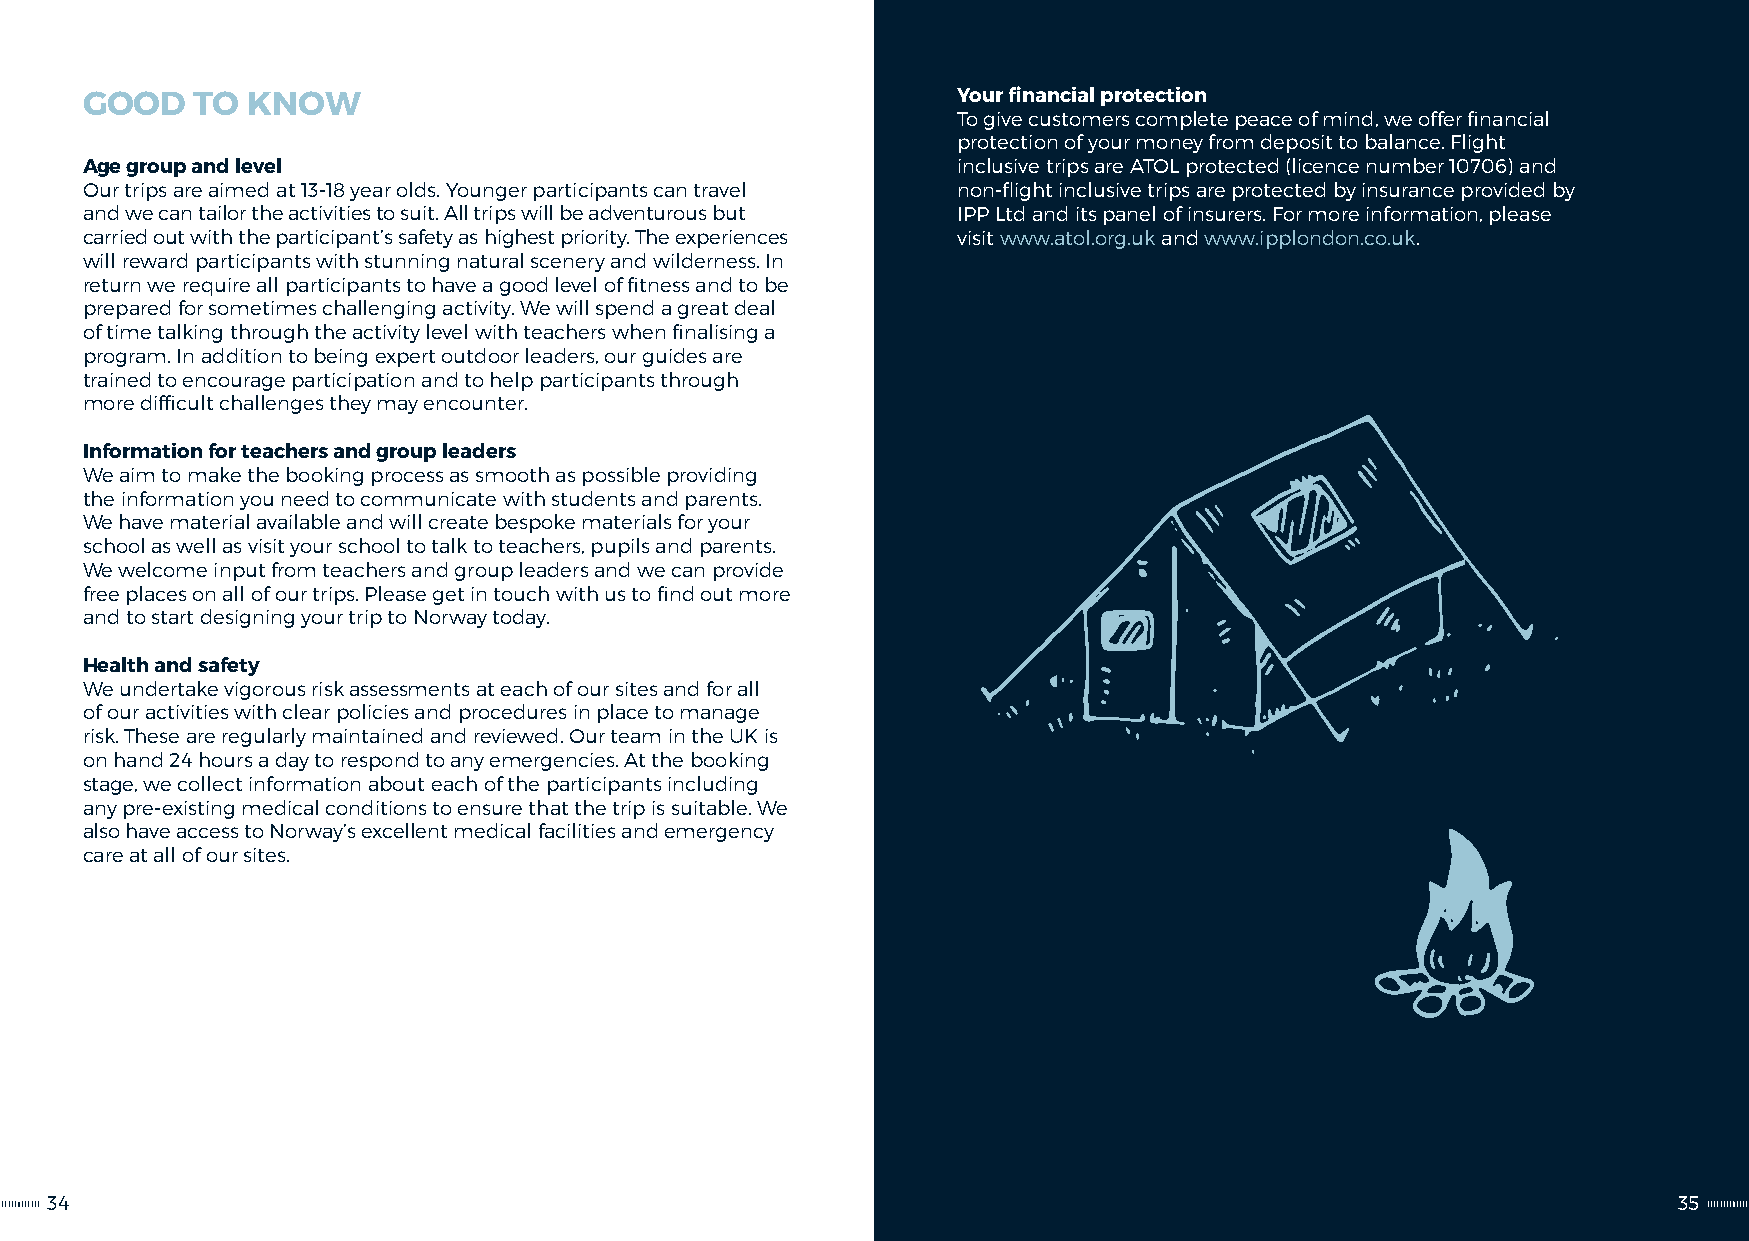
GOOD    TO KNOW                                           Your financial protection
 To give customers complete peace of mind, we offer financial
 protection of your money from deposit to balance. Flight
 Age group and level                                       inclusive trips are ATOL protected (licence number 10706) and
 Our trips are aimed at 13-18 year olds. Younger participants can travel non-flight inclusive trips are protected by insurance provided by
 and we can tailor the activities to suit. All trips will be adventurous but IPP Ltd and its panel of insurers. For more information, please
 carried out with the participant’s safety as highest priority. The experiences visit www.atol.org.uk and www.ipplondon.co.uk.
 will reward participants with stunning natural scenery and wilderness. In
 return we require all participants to have a good level of fitness and to be
 prepared for sometimes challenging activity. We will spend a great deal
 of time talking through the activity level with teachers when finalising a
 program. In addition to being expert outdoor leaders, our guides are
 trained to encourage participation and to help participants through
 more difficult challenges they may encounter.
 Information for teachers and group leaders
 We aim to make the booking process as smooth as possible providing
 the information you need to communicate with students and parents.
 We have material available and will create bespoke materials for your
 school as well as visit your school to talk to teachers, pupils and parents.
 We welcome input from teachers and group leaders and we can provide
 free places on all of our trips. Please get in touch with us to find out more
 and to start designing your trip to Norway today.
 Health and safety
 We undertake vigorous risk assessments at each of our sites and for all
 of our activities with clear policies and procedures in place to manage
 risk. These are regularly maintained and reviewed. Our team in the UK is
 on hand 24 hours a day to respond to any emergencies. At the booking
 stage, we collect information about each of the participants including
 any pre-existing medical conditions to ensure that the trip is suitable. We
 also have access to Norway’s excellent medical facilities and emergency
 care at all of our sites.
 34                                                                                                          35